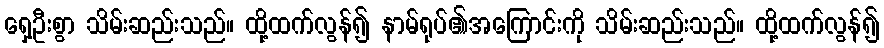
ရှေ့ဦးစွာ သိမ်းဆည်းသည်။ ထို့ထက်လွန်၍ နာမ်ရုပ်၏အကြောင်းကို သိမ်းဆည်းသည်။ ထို့ထက်လွန်၍